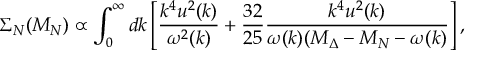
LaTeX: \Sigma _ { N } ( M _ { N } ) \propto \int _ { 0 } ^ { \infty } d k \left[ { \frac { k ^ { 4 } u ^ { 2 } ( k ) } { \omega ^ { 2 } ( k ) } } + { \frac { 3 2 } { 2 5 } } { \frac { k ^ { 4 } u ^ { 2 } ( k ) } { \omega ( k ) ( M _ { \Delta } - M _ { N } - \omega ( k ) } } \right] ,